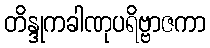
တိန္ဒုကခါဏုပရိဗ္ဗာဇကာ